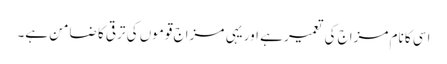
اسی کا نام مزاج کی تعمیر ہے اور یہی مزاج قوموں کی ترقی کا ضامن ہے۔